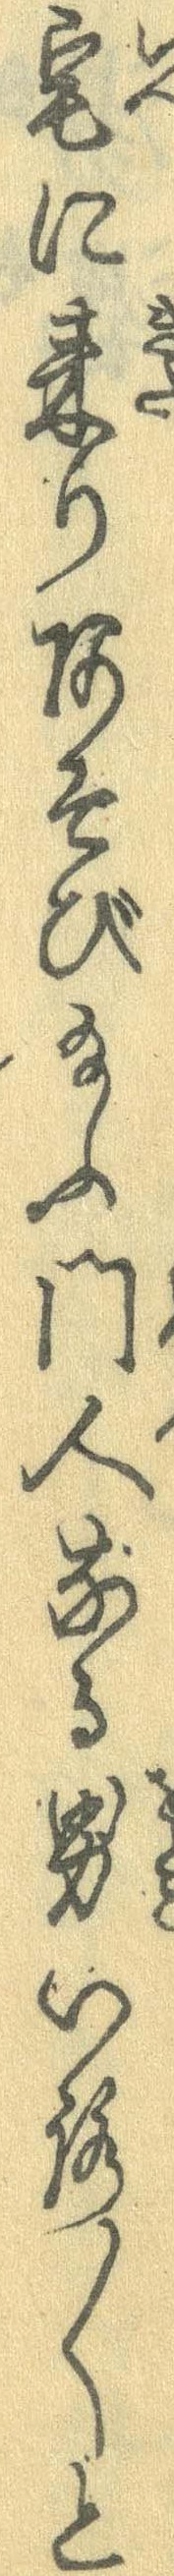
宅に来りあそび給ふ門人なる男いろ〱と